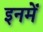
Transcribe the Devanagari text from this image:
इनमेँ